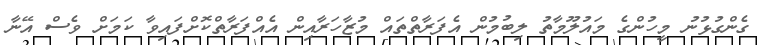
ގެންގުޅުނު މީހުންގެ މައުލޫމާތު ލިބުމުން އެފަރާތްތައް މުޒާހަރާއިން އެއްފަރާތްކޮށްފައިވާ ކަމަށް ވެސް އޭނާ